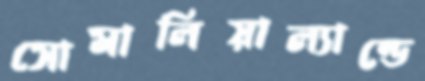
সোমালিয়াল্যান্ডে